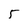
Character: 5